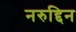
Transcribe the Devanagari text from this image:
नरुद्दिन